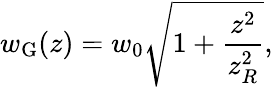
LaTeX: w_{\mathrm{G}}(z)=w_{0}\sqrt{1+\frac{z^{2}}{z_{R}^{2}}},